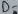
Text: D-